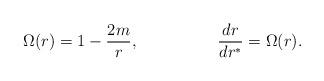
LaTeX: \begin{align*}\Omega(r)=1-\frac{2m}{r},\hspace{20mm}\frac{dr}{dr^{\ast}}=\Omega(r).\end{align*}